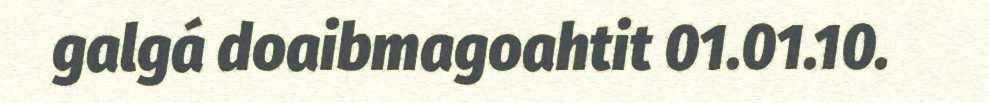
galgá doaibmagoahtit 01.01.10.